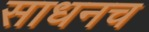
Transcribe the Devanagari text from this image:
साधनच